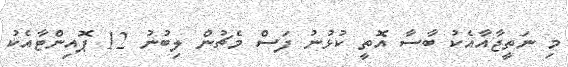
މި ނަތީޖާއާއެކު ބާސާ އޮތީ ކުޅުނު ފަސް މެޗުން ލިބުނު 12 ޕޮއިންޓާއެކު